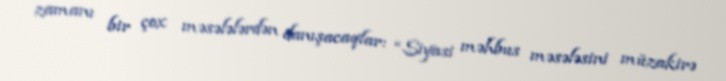
zamanı bir çox məsələlərdən danışacaqlar: “Siyasi məhbus məsələsini müzakirə